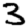
Digit: 3